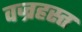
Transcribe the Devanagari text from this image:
वज्रहस्त